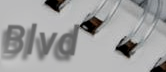
Blvd